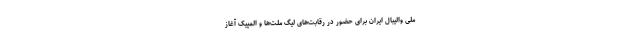
ملی والیبال ایران برای حضور در رقابت‌های لیگ ملت‌ها و المپیک آغاز